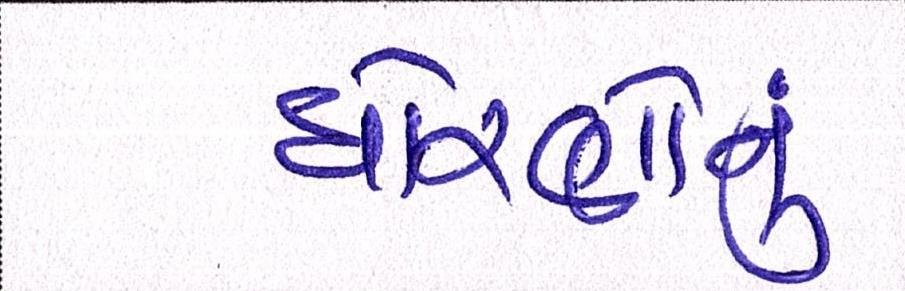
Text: ધોરણોનું